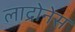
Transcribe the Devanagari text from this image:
लाद्रोनेस